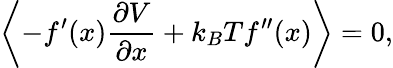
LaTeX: \left\langle-f^{\prime}(x){\frac{\partial V}{\partial x}}+k_{B}Tf^{\prime\prime}(x)\right\rangle=0,